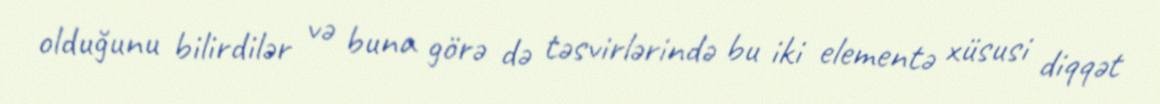
olduğunu bilirdilər və buna görə də təsvirlərində bu iki elementə xüsusi diqqət